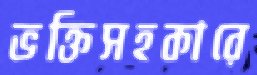
ভক্তিসহকারে